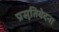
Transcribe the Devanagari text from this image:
प्रसूतिवेदना